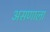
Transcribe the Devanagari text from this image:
असणाला